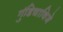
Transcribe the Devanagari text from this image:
गुंडिचाविजे